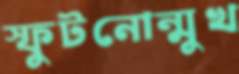
স্ফুটনোন্মুখ